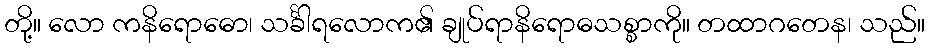
တို့။ လော ကနိရောဓော၊ သင်္ခါရလောက၏ ချုပ်ရာနိရောဓသစ္စာကို။ တထာဂတေန၊ သည်။